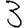
Digit: 3